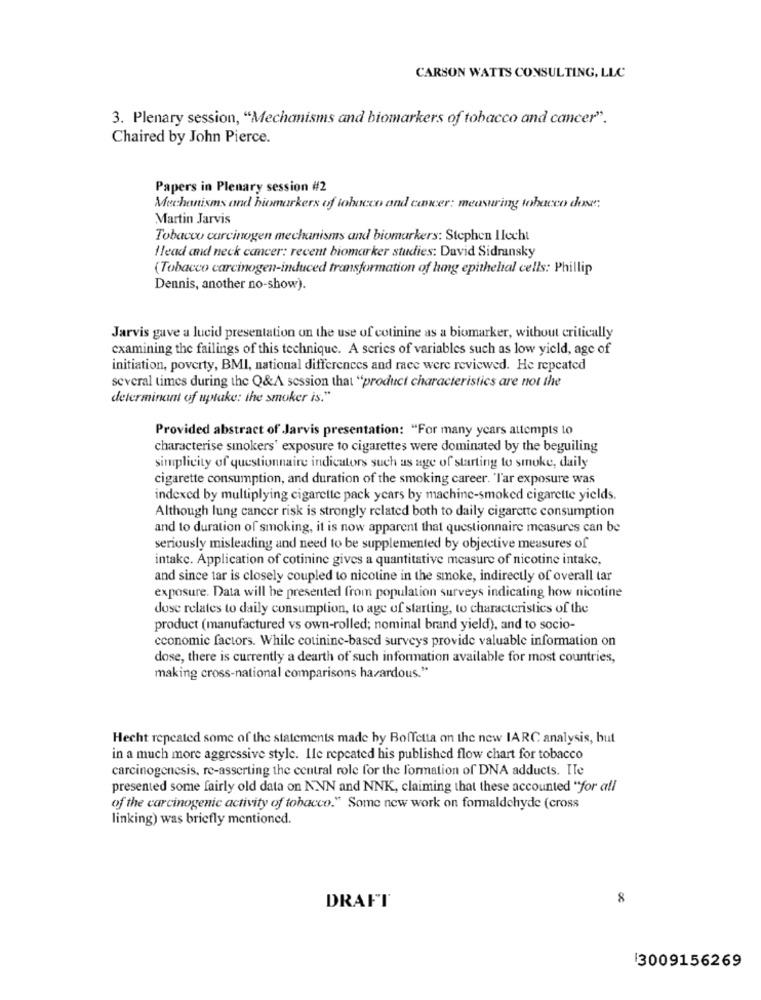
CARSON WATTS CONSULTING, LLC
3. Plenary session, "Mechanisms and biomarkers of tobacco and cancer".
Chaired by John Pierce.
Papers in Plenary session #2
Mechanisms and biomarkers of tobacco and cancer: measuring tobacco dose,
Martin Jarvis
Tobacco carcinogen mechanisms and biomarkers: Stephen Ilecht
Head and neck cancer: recent biomarker studies: David Sidransky
(Tobacco carcinogen-induced transformation of hing epithelial cells: Phillip
Dennis, another no-show).
Jarvis gave a lucid presentation on the use of cotinine as a biomarker, without critically
examining the failings of this technique. A series of variables such as low yield, age of
initiation, poverty, BMI, national differences and race were reviewed. He repeated
several times during the Q&A session that "product characteristics are not the
determinant of uptake: the smoker is."
Provided abstract of Jarvis presentation: "For many years attempts to
characterise smokers' exposure to cigarettes were dominated by the beguiling
simplicity of questionnaire indicators such as age of starting to smoke, daily
cigarette consumption, and duration of the smoking career. 'Tar exposure was
indexed by multiplying cigarette pack years by machine-smoked cigarette yields.
Although lung cancer risk is strongly related both to daily cigarette consumption
and to duration of smoking, it is now apparent that questionnaire measures can be
seriously misleading and need to be supplemented by objective measures of
intake. Application of cotinine gives a quantitative measure of nicotine intake.
and since tar is closely coupled to nicotine in the smoke, indirectly of overall tar
exposure. Data will be presented from population surveys indicating how nicotine
dose relates to daily consumption, to age of starting, to characteristics of the
product (manufactured vs own-rolled; nominal brand yield), and to socio-
economic factors. While cotinine-based surveys provide valuable information on
dose, there is currently a dearth of such information available for most countries,
making cross-national comparisons hazardous."
Hecht repeated some of the statements made by Boffetta on the new IARC analysis, but
in a much more aggressive style. Ile repeated his published flow chart for tobacco
carcinogenesis, re-asserting the central role for the formation of DNA adducts. Ile
presented some fairly old data on NNN and NNK, claiming that these accounted "for all
of the carcinogenic activity of tobacco." Some new work on formaldehyde (cross
linking) was briefly mentioned.
8
DRAFT
13009156269